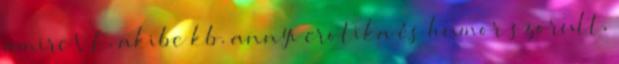
amire V.E. akibe kb. annyi erotika és humor szorult,